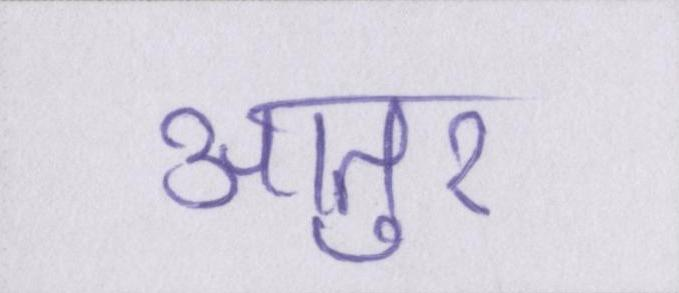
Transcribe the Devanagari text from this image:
आतुर